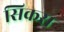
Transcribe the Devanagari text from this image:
सिकस